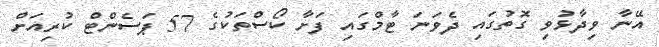
އޭނާ ވިދާޅުވި ގޮތުގައި ދެވަނަ ޓާމްގައި ފަށާ ކޯސްތަކުގެ 57 ޕަސެންޓް ކުރިއަށް